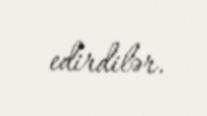
edirdilər.